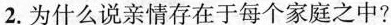
2.为什么说亲情存在于每个家庭之中?